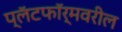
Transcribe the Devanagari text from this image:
प्लॅटफॉर्मवरील